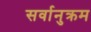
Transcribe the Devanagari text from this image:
सर्वानुक्रम